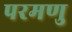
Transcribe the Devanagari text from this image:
परमणु